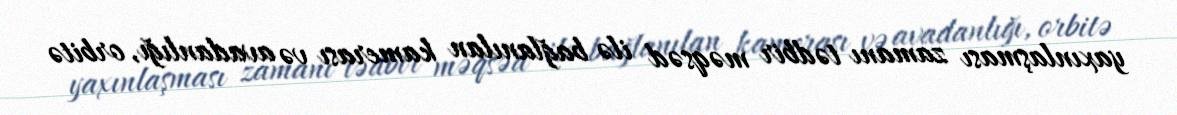
yaxınlaşması zamanı tədbir məqsəd ilə bağlanılan kamerası və avadanlığı, orbitə